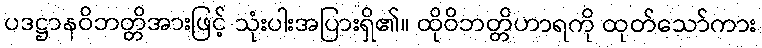
ပဒဋ္ဌာနဝိဘတ္တိအားဖြင့် သုံးပါးအပြားရှိ၏။ ထိုဝိဘတ္တိဟာရကို ထုတ်သော်ကား